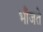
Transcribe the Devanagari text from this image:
भाँजते